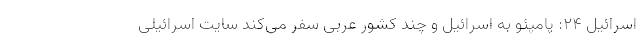
اسرائیل ۲۴: پامپئو به اسرائیل و چند کشور عربی سفر می‌کند سایت اسرائیلی